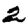
Digit: 2